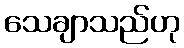
သေချာသည်ဟု